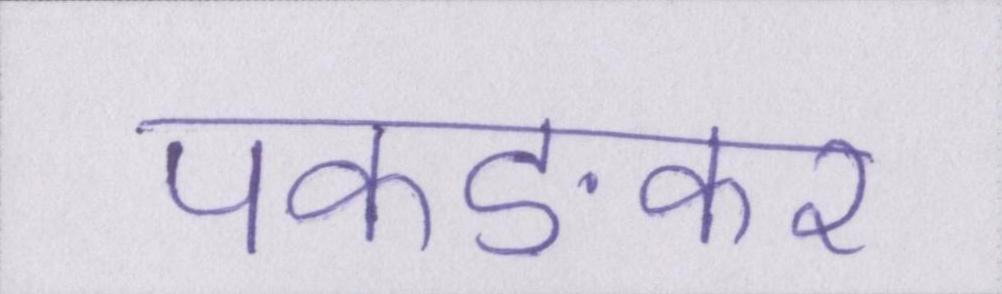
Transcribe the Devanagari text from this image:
पकङकर